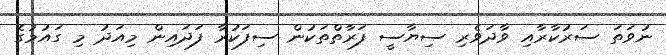
ނުވަތަ ސަރުކާރާއި ވާދަވެރި ސިޔާސީ ފަރާތްތަކުން ސިފަކުރާ ފަދައިން މިއަދު މި ގައުމުގެ